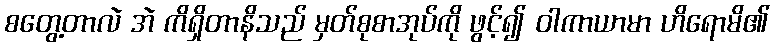
စတွေ့တာလဲ အဲ ကိရှိတာနိသည် မှတ်စုစာအုပ်ကို ဖွင့်၍ ဝါကာယာမာ ဟိရောမိ၏